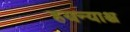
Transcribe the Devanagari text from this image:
हयन्याश्च